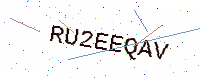
Text: RU2EEQAV